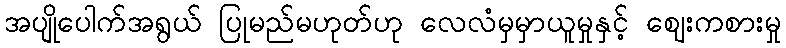
အပျိုပေါက်အရွယ် ပြုမည်မဟုတ်ဟု လေလံမှမှာယူမှုနှင့် ဈေးကစားမှု